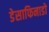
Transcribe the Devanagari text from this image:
डेसाफिनाडो